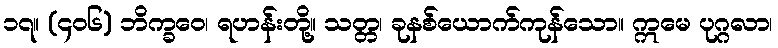
၁၇။ (၄၀၆) ဘိက္ခဝေ၊ ရဟန်းတို့။ သတ္တ၊ ခုနစ်ယောက်ကုန်သော။ ဣမေ ပုဂ္ဂလာ၊